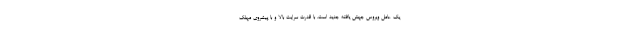
یک عامل ویروس جهش یافته جدید است. با قدرت سرایت بالا و با پیشروی مهلک